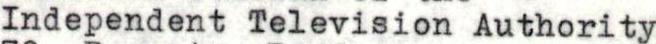
Independent Television Authority